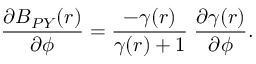
\frac { \partial B _ { P Y } ( r ) } { \partial \phi } = \frac { - \gamma ( r ) } { \gamma ( r ) + 1 } \; \frac { \partial \gamma ( r ) } { \partial \phi } .